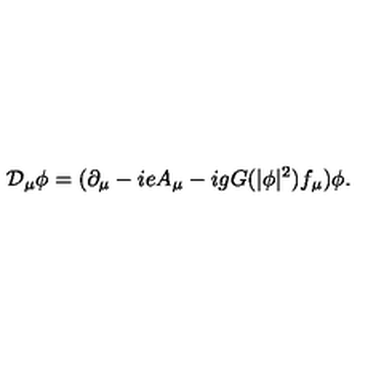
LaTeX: { \cal D } _ { \mu } \phi = ( \partial _ { \mu } - i e A _ { \mu } - i g G ( | \phi | ^ { 2 } ) f _ { \mu } ) \phi .